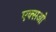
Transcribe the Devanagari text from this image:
एक्सओ